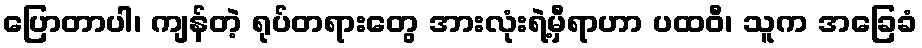
ပြောတာပါ၊ ကျန်တဲ့ ရုပ်တရားတွေ အားလုံးရဲ့မှီရာဟာ ပထဝီ၊ သူက အခြေခံ